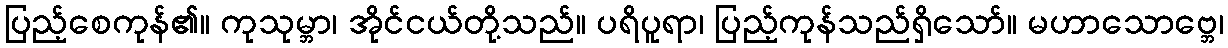
ပြည့်စေကုန်၏။ ကုသုမ္ဘာ၊ အိုင်ငယ်တို့သည်။ ပရိပူရာ၊ ပြည့်ကုန်သည်ရှိသော်။ မဟာသောဗ္ဘေ၊